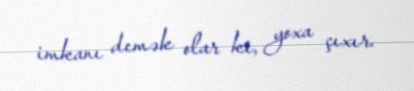
imkanı demək olar ki, yoxa çıxır.